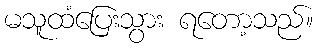
မသူထံပြေးသွား ရတော့သည်။